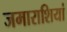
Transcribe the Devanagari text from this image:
जमाराशियां